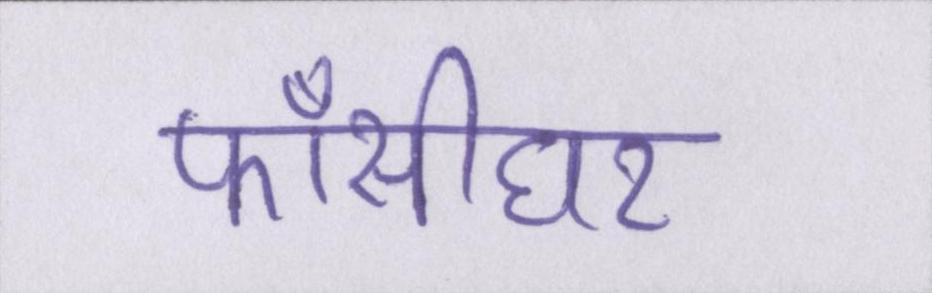
फाँसीघर